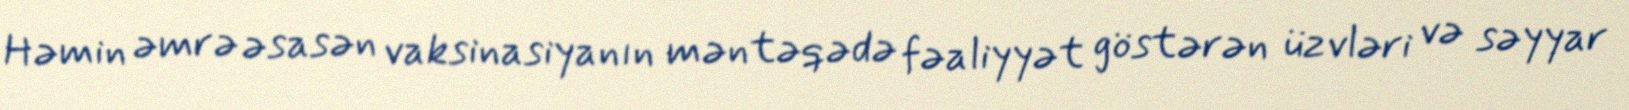
Həmin əmrə əsasən vaksinasiyanın məntəqədə fəaliyyət göstərən üzvləri və səyyar